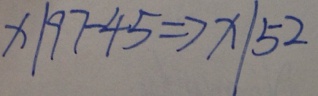
x \vert 9 7 - 4 5 \Rightarrow x \vert 5 2